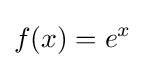
f(x)=e^{x}